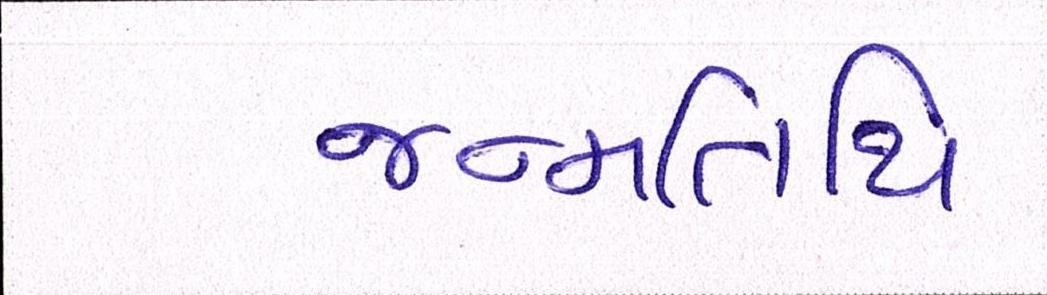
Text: જન્મતિથિ